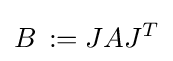
B\,:=JAJ^{T}